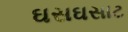
ઘસઘસાટ